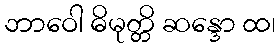
ဘာဝေါ ဓိမုတ္တိ ဆန္ဒော ထ၊